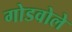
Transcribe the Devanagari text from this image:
गोडवोले